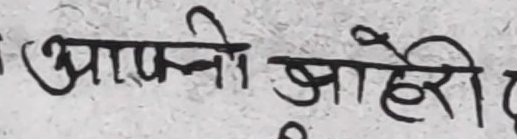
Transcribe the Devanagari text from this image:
आफ्नो ओहोरी दि